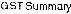
GST SUMMARY